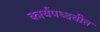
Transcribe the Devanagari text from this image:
कार्यपध्दतीत